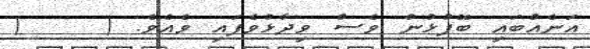
އަނެއްބައި ބޭފުޅުން ވެސް ވިދާޅުވެފައި ވެއެވެ. (    (